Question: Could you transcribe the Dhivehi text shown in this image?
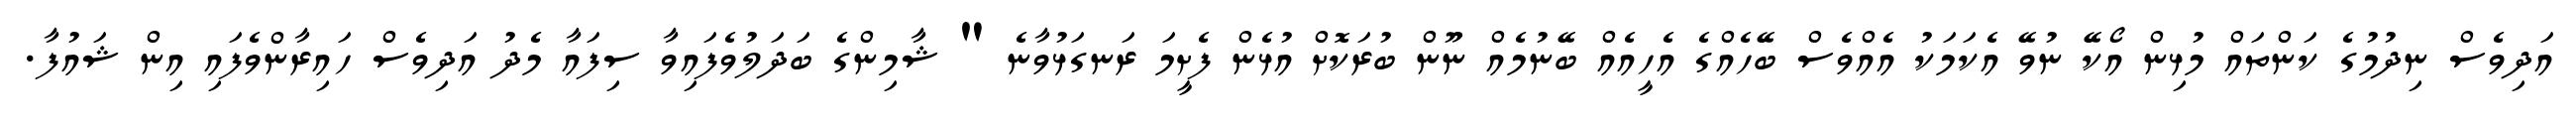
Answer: އަދިވެސް ނިދުމުގެ ކަންތައް މުޅިން އޯކޭ ނުވޭ އެކަމަކު އެއްވެސް ބޭހެއްގެ އެހީއެއް ބޭނުމެއް ނޫން ބުރަކޮށް އުޅެން ފެށީމަ ރަނގަޅުވާނެ " ޝާމިންގެ ބަދަލުވެފައިވާ ސިފައާ މެދު އަދިވެސް ހައިރާންވެފައި އިން ޝައުފާ.